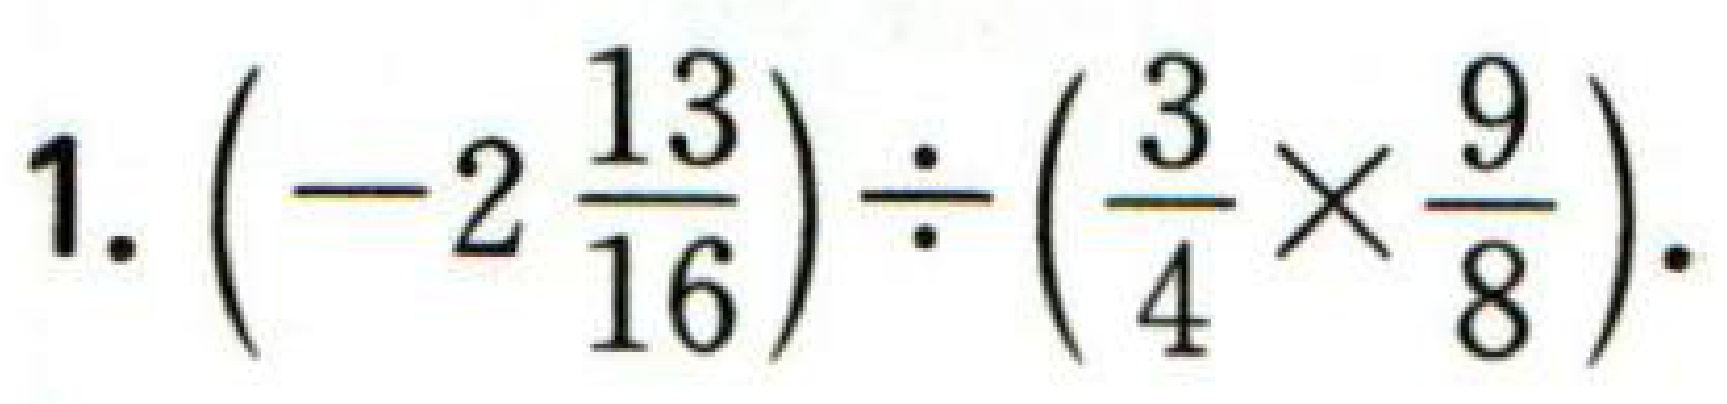
$1.\left(-2\frac{13}{16}\right)\div\left(\frac{3}{4}\times\frac{9}{8}\right).$